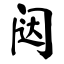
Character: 闼